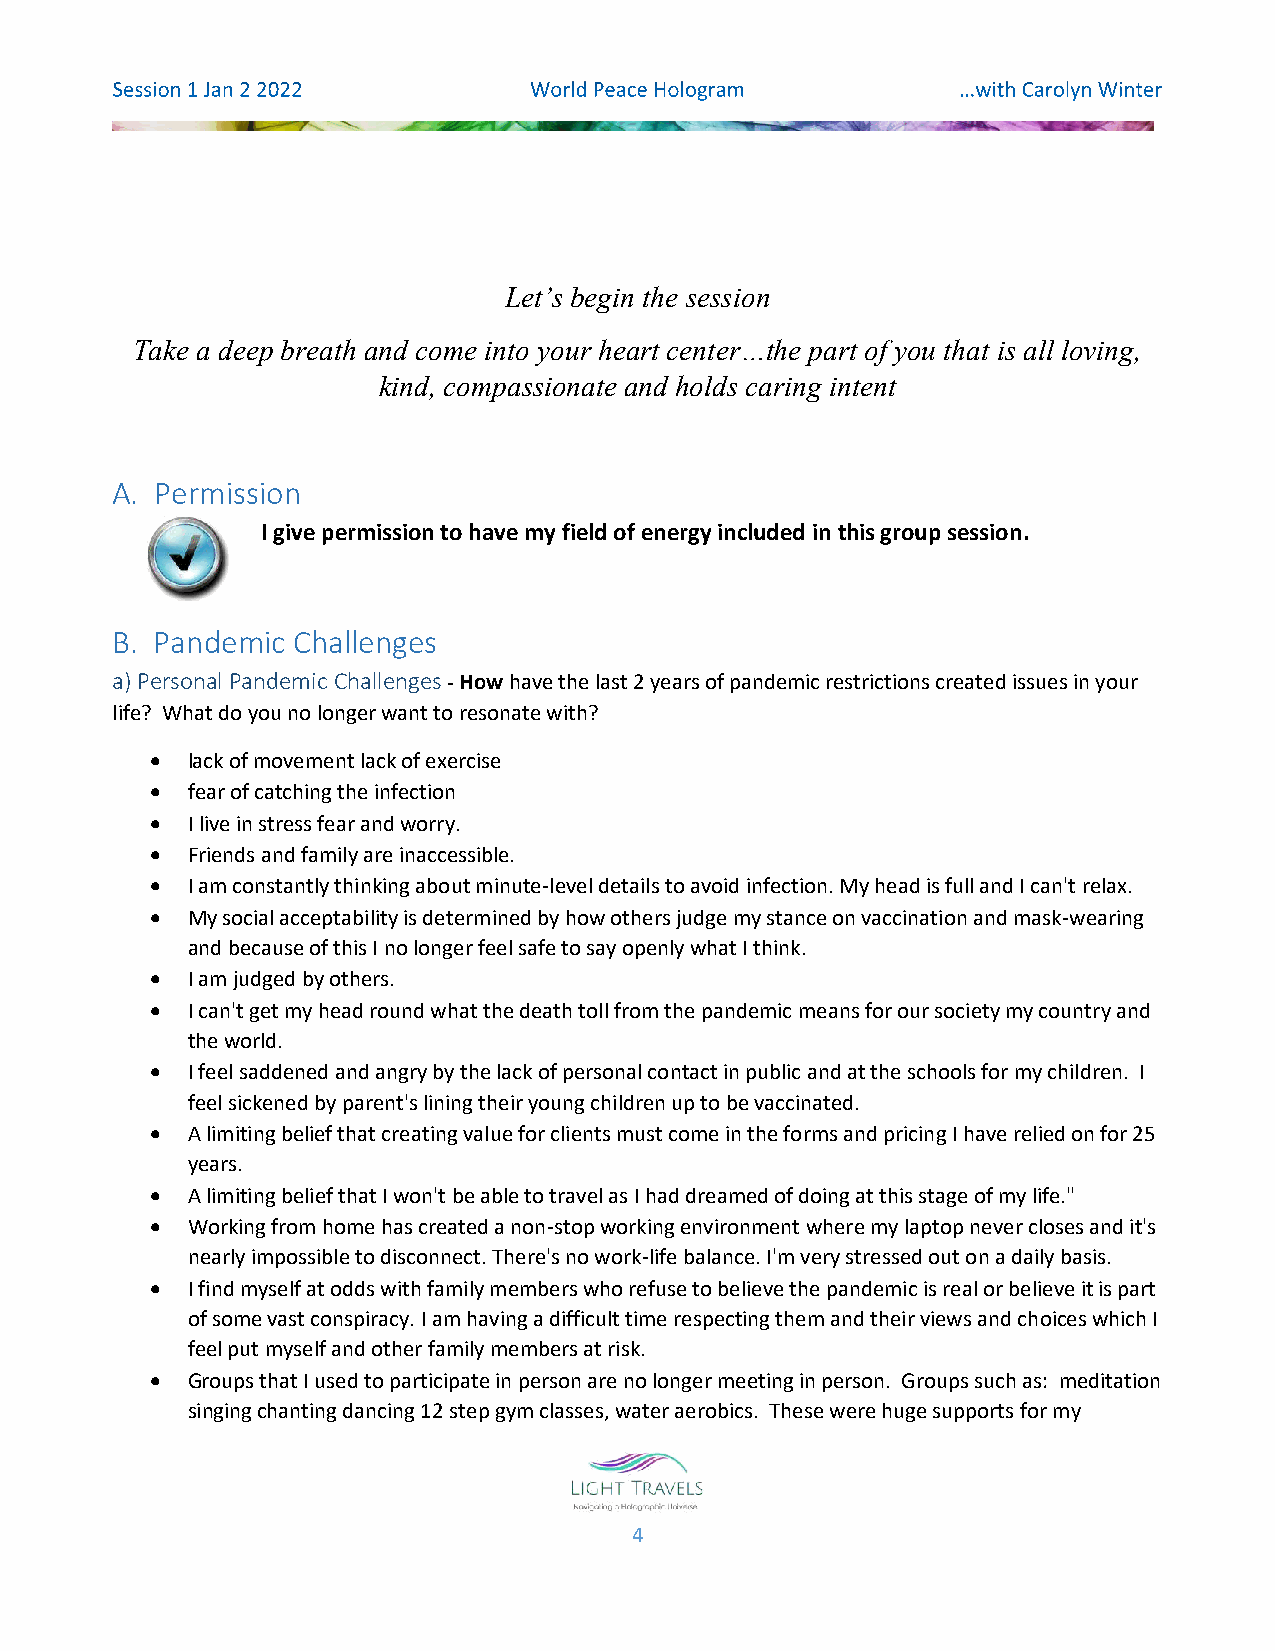
Let’s begin the session
 Take a deep breath and come into your heart center…the part of you that is all loving,
 kind, compassionate and holds caring intent
 A. Permission
 I give permission to have my field of energy included in this group session.
 B. Pandemic Challenges
 a) Personal Pandemic Challenges - How have the last 2 years of pandemic restrictions created issues in your
 life? What do you no longer want to resonate with?
  lack of movement lack of exercise
  fear of catching the infection
  I live in stress fear and worry.
  Friends and family are inaccessible.
  I am constantly thinking about minute-level details to avoid infection. My head is full and I can't relax.
  My social acceptability is determined by how others judge my stance on vaccination and mask-wearing
 and because of this I no longer feel safe to say openly what I think.
  I am judged by others.
  I can't get my head round what the death toll from the pandemic means for our society my country and
 the world.
  I feel saddened and angry by the lack of personal contact in public and at the schools for my children. I
 feel sickened by parent's lining their young children up to be vaccinated.
  A limiting belief that creating value for clients must come in the forms and pricing I have relied on for 25
 years.
  A limiting belief that I won't be able to travel as I had dreamed of doing at this stage of my life."
  Working from home has created a non-stop working environment where my laptop never closes and it's
 nearly impossible to disconnect. There's no work-life balance. I'm very stressed out on a daily basis.
  I find myself at odds with family members who refuse to believe the pandemic is real or believe it is part
 of some vast conspiracy. I am having a difficult time respecting them and their views and choices which I
 feel put myself and other family members at risk.
  Groups that I used to participate in person are no longer meeting in person. Groups such as: meditation
 singing chanting dancing 12 step gym classes, water aerobics. These were huge supports for my
 4